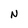
Character: N